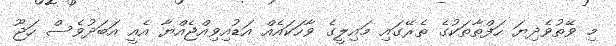
މި ވޭތުވެދިޔަ ހަފްތާތަކުގެ ތެރޭގައި މައިލީގެ ވާހަކައެއް އަޑުއިވިއްޖެއްޔާ އެއީ އަބަދުވެސް ހަޖޫ